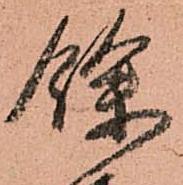
餘